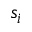
s _ { i }